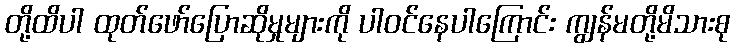
တို့ထိပါ ထုတ်ဖော်ပြောဆိုမှုများကို ပါဝင်နေပါကြောင်း ကျွန်မတို့မိသားစု